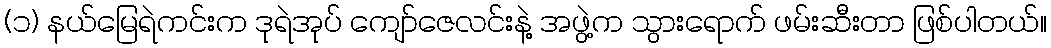
(၁) နယ်မြေရဲကင်းက ဒုရဲအုပ် ကျော်ဇေလင်းနဲ့ အဖွဲ့က သွားရောက် ဖမ်းဆီးတာ ဖြစ်ပါတယ်။